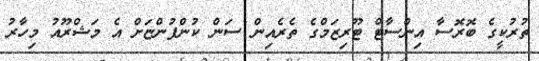
ތުރުކީގެ ބޮރޮސާ އިންސާޓް ޓޫރިޒަމްގެ ތެރެއިން ސަން ކުންފުންޏަށް އެ މަޝްރޫއު މިހާރު